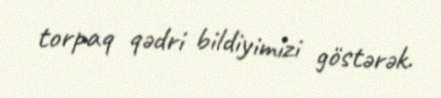
torpaq qədri bildiyimizi göstərək.